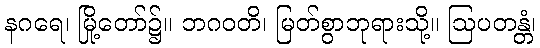
နဂရေ၊ မြို့တော်၌။ ဘဂဝတိ၊ မြတ်စွာဘုရားသို့။ ဩပတန္တံ၊